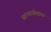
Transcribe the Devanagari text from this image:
सरन्याधीशांवर